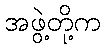
အဖွဲ့တို့က